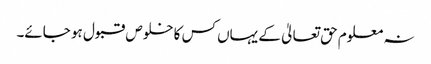
نہ معلوم حق تعالیٰ کے یہاں کس کا خلوص قبول ہو جائے۔